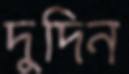
দুদিন